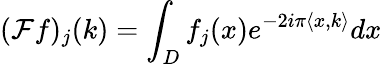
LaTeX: (\mathcal{F}f)_{j}(k)=\int_{D}f_{j}(x)e^{-2i\pi\langle x,k\rangle}dx